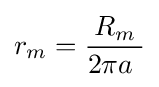
r_{m}={\frac {R_{m}}{2\pi a\ }}